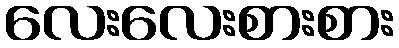
လေးလေးစားစား